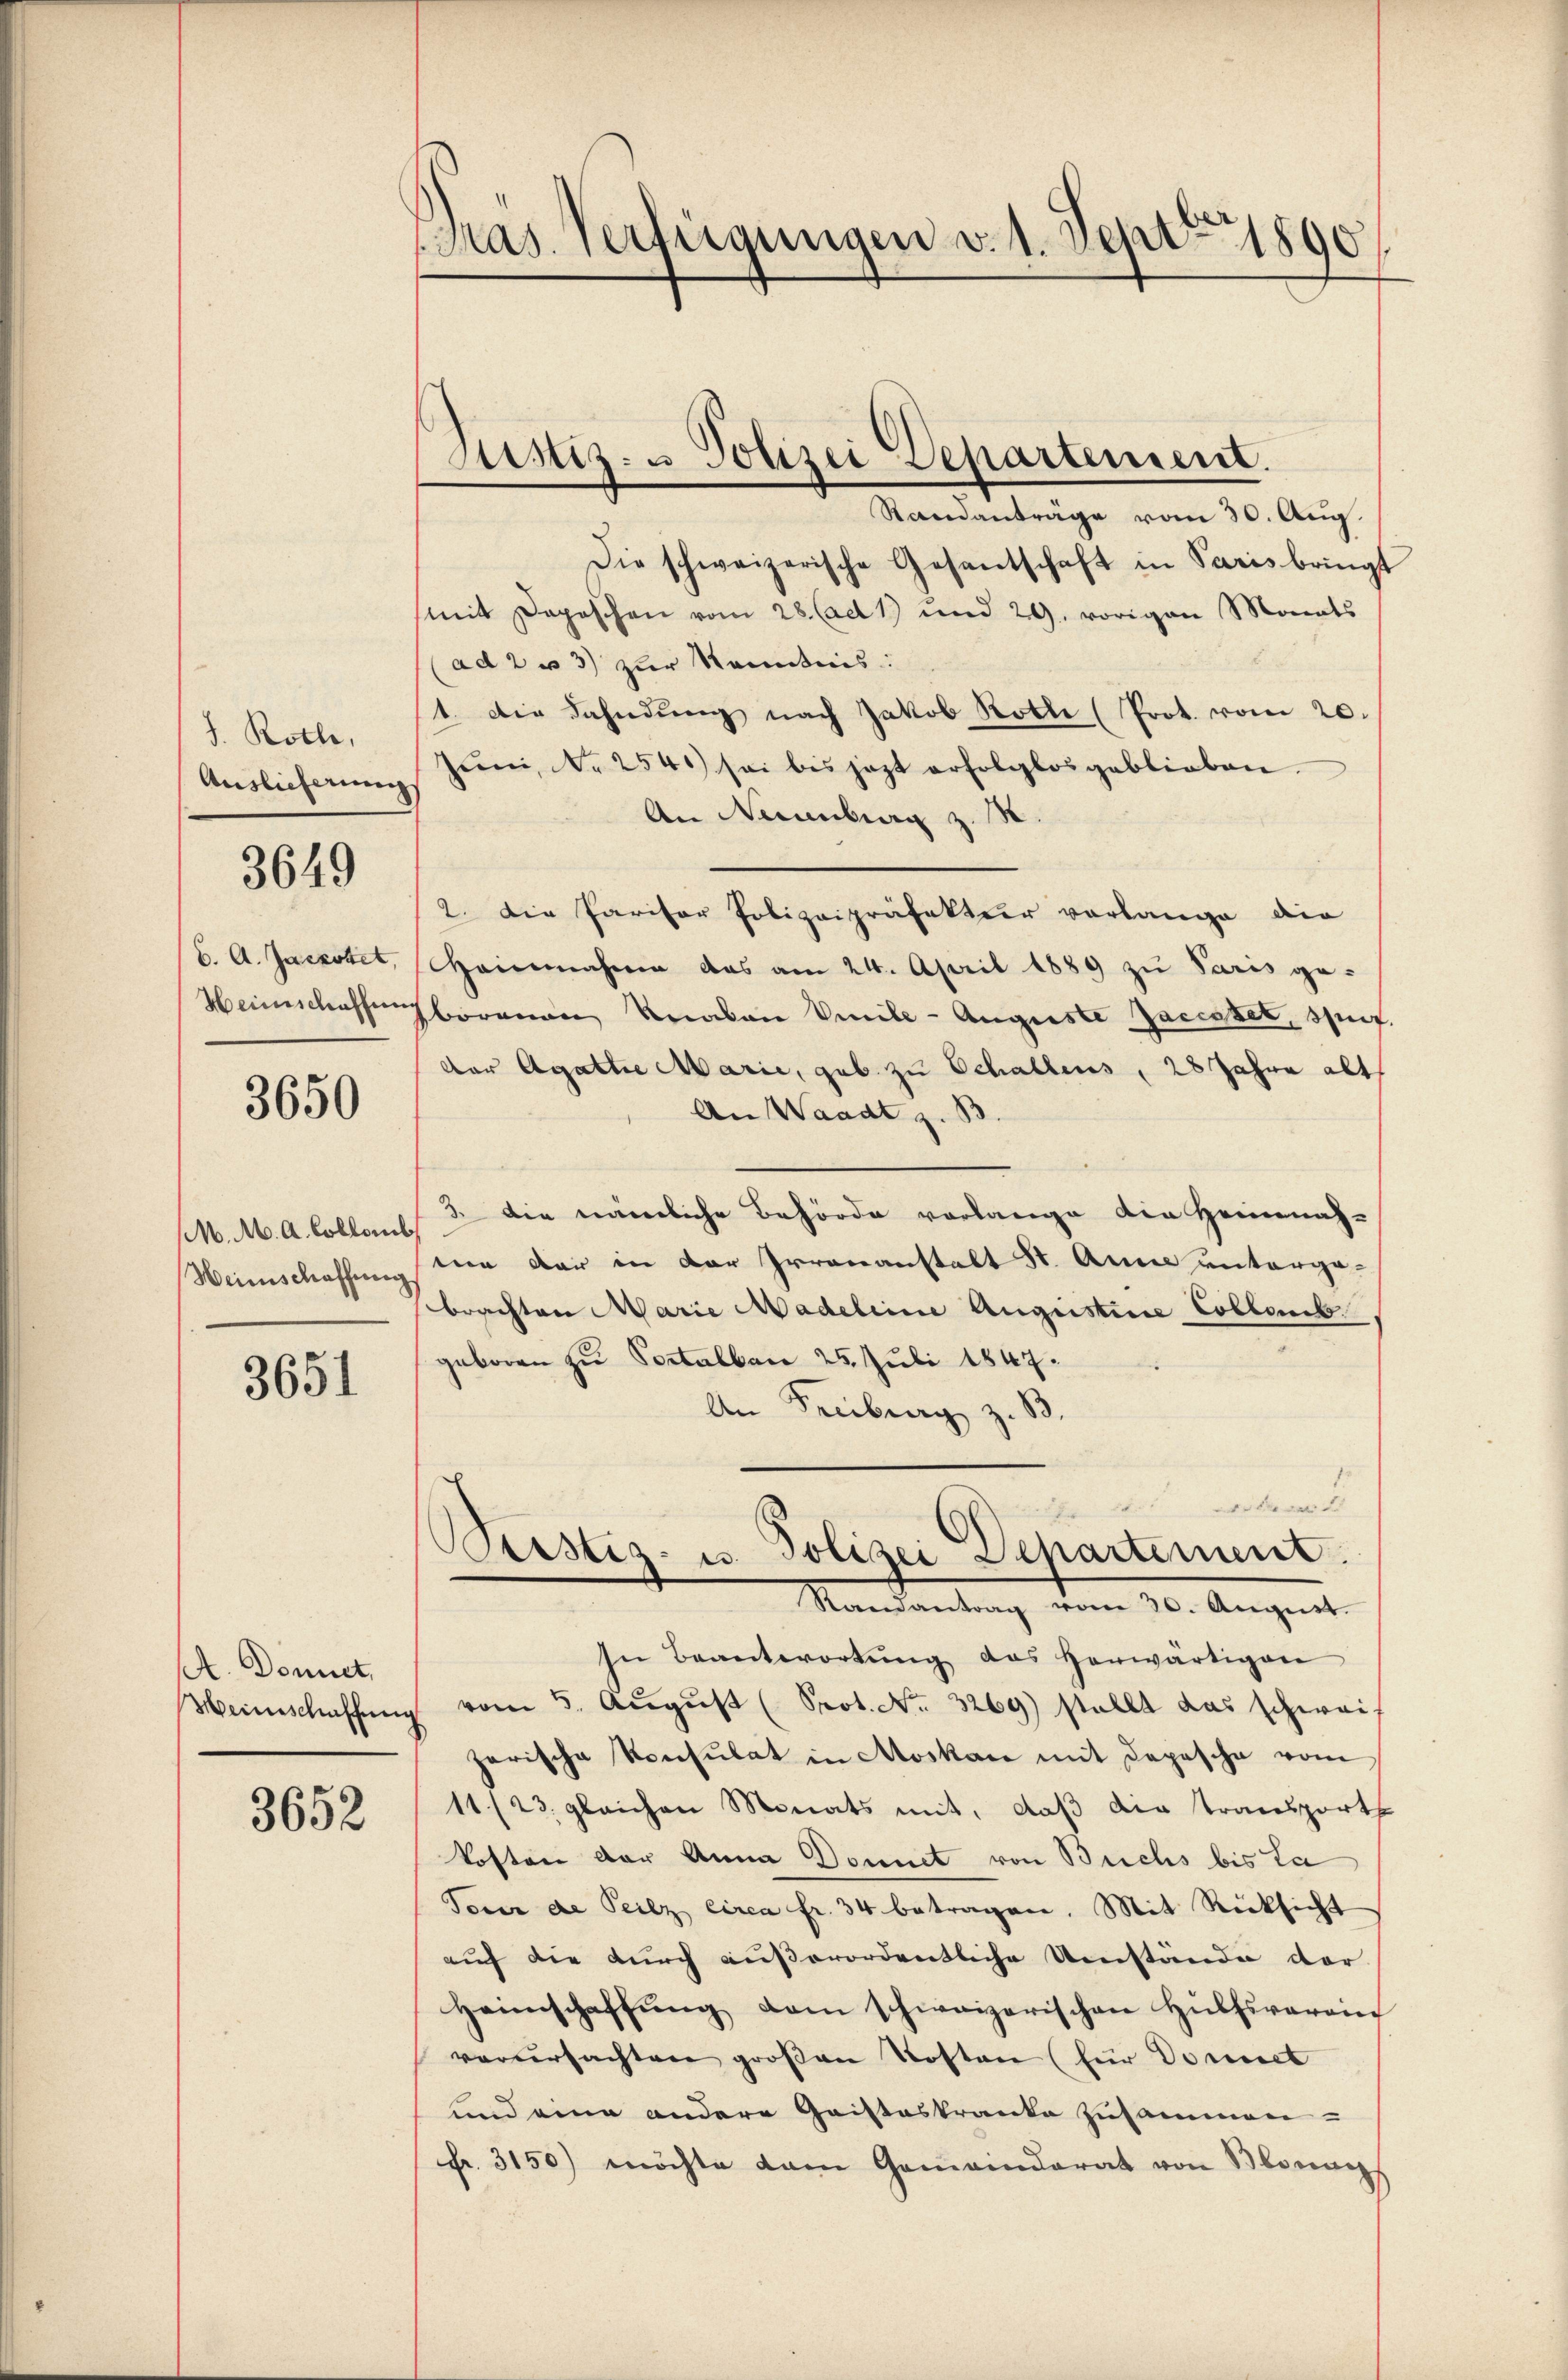
J. Kolle,
Auslieferung

3649

C. A. Jackobet,
Heinschaffen

3650

M. M. A. Colleni
Heinschaffung

3651

A. Donnet,
Heinschaffung

3652

Gras. Verfügungen v. 1. Sept. 1890

Randanträge vom 30. Aug.
Die schweizerische Gesantschaft in Paris bringt
mit Depeschen vom 28. (ad 1) und 29. vorigen Monats
ad 2 u 3) zur Kenntnis:
1. Die Fahndung nach Jakob Rothe (Prot. vom 20.
Juni, No 254 sei bis jezt erfolglos geblieben.
An Neuenburg z. B.
2. Die Paritor Polizeipräfektier vorlange die
Hoinnahme das am 24. April 1889 zu Paris ge-
borenen Knaben Viile-Auguste Jaciszet, spref.
der Agatte Marie, geb. zu Schallens, 28 Jahre alt
An Waadt z. B
3 die nämliche Behörde vorlange die Heinnahmir dar in der Irrenanstalt St. Anna unterga-
brachten Marie Madeleine Augustine Coblemb.
geboren zu Portalbau 25. Juli 1847.
An Freiburg z. B.
.der
Peistes- u. Polizei Departement.
Randantrag vom 30. August.
In Beantwortŭng das herwärtigen
vom 5. Aŭgŭst (Prot. No. 3269) stellt das schweis
zerische Konsulat in Moskau mit Depesche vom
11./23. gleichen Monats mit, daß die Transporth
kosten der Anna Donnet von Buchs bis La
Tour de Teilz circa fr. 34 betragen. Mit Rücksicht
auf die durch außerordentliche Umstände der
Heimschaffŭng dem schweizerischen Hülfsverein
verursachten großen Kosten (für Domect
und eine andere Gaisteskranke zusammen-
Fr. 3150) möchte dann Gomanderat von Blonanz

Justiz- u Polizei Departement.